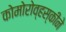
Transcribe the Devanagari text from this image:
कोमोरोव्हस्कीने